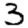
Digit: 3